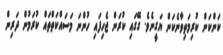
ކަންކަން ކުރިމަތިވާނެކަން ޔަގީނެވެ. ގޭގައި ކުރަން ޖެހިފައި ހުންނަ މަސައްކަތްތައް ކުރަމުން ދަރިން